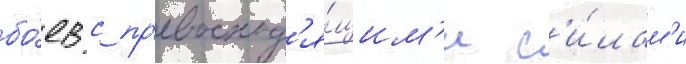
бо́ев с пр'евосход'я́щим'и с'и́лам'и